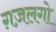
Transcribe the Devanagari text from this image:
ग़ज़लगो